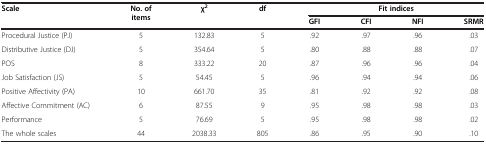
<table><thead><tr><td><b>Scale</b></td><td><b>No. of items</b></td><td><b>χ<sup>2</sup></b></td><td><b>df</b></td><td colspan="4"><b>Fit indices</b></td></tr><tr><td><b> </b></td><td><b> </b></td><td><b> </b></td><td><b> </b></td><td><b>GFI</b></td><td><b>CFI</b></td><td><b>NFI</b></td><td><b>SRMR</b></td></tr></thead><tbody><tr><td>Procedural Justice (PJ)</td><td>5</td><td>132.83</td><td>5</td><td>.92</td><td>.97</td><td>.96</td><td>.03</td></tr><tr><td>Distributive Justice (DJ)</td><td>5</td><td>354.64</td><td>5</td><td>.80</td><td>.88</td><td>.88</td><td>.07</td></tr><tr><td>POS</td><td>8</td><td>333.22</td><td>20</td><td>.87</td><td>.96</td><td>.96</td><td>.04</td></tr><tr><td>Job Satisfaction (JS)</td><td>5</td><td>54.45</td><td>5</td><td>.96</td><td>.94</td><td>.94</td><td>.06</td></tr><tr><td>Positive Affectivity (PA)</td><td>10</td><td>661.70</td><td>35</td><td>.81</td><td>.92</td><td>.92</td><td>.08</td></tr><tr><td>Affective Commitment (AC)</td><td>6</td><td>87.55</td><td>9</td><td>.95</td><td>.98</td><td>.98</td><td>.03</td></tr><tr><td>Performance</td><td>5</td><td>76.69</td><td>5</td><td>.95</td><td>.98</td><td>.98</td><td>.02</td></tr><tr><td>The whole scales</td><td>44</td><td>2038.33</td><td>805</td><td>.86</td><td>.95</td><td>.90</td><td>.10</td></tr></tbody></table>